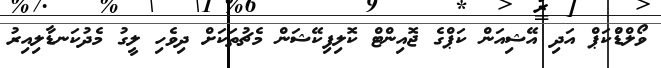
ވޯލްޑުްކަޕް އަދި އޭޝިއަން ކަޕްގެ ޖޮއިންޓް ކޮލިފިކޭޝަން މެޗުތަކަށް ދިވެހި ލީގު މެދުކަނޑާލިއިރު